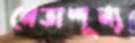
নেতাশূন্য